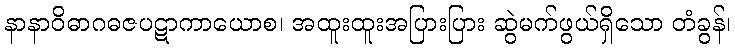
နာနာဝိဓာဂဓဇပဋာကာယောစ၊ အထူးထူးအပြားပြား ဆွဲမက်ဖွယ်ရှိသော တံခွန်၊